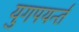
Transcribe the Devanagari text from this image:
युगपयर्न्त